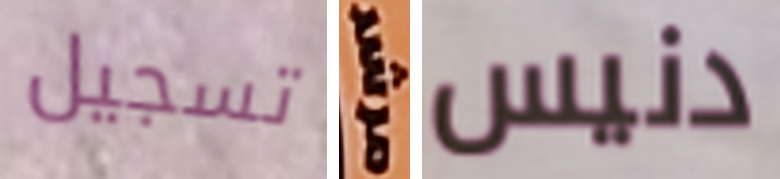
تسجيل مرشد دنيس